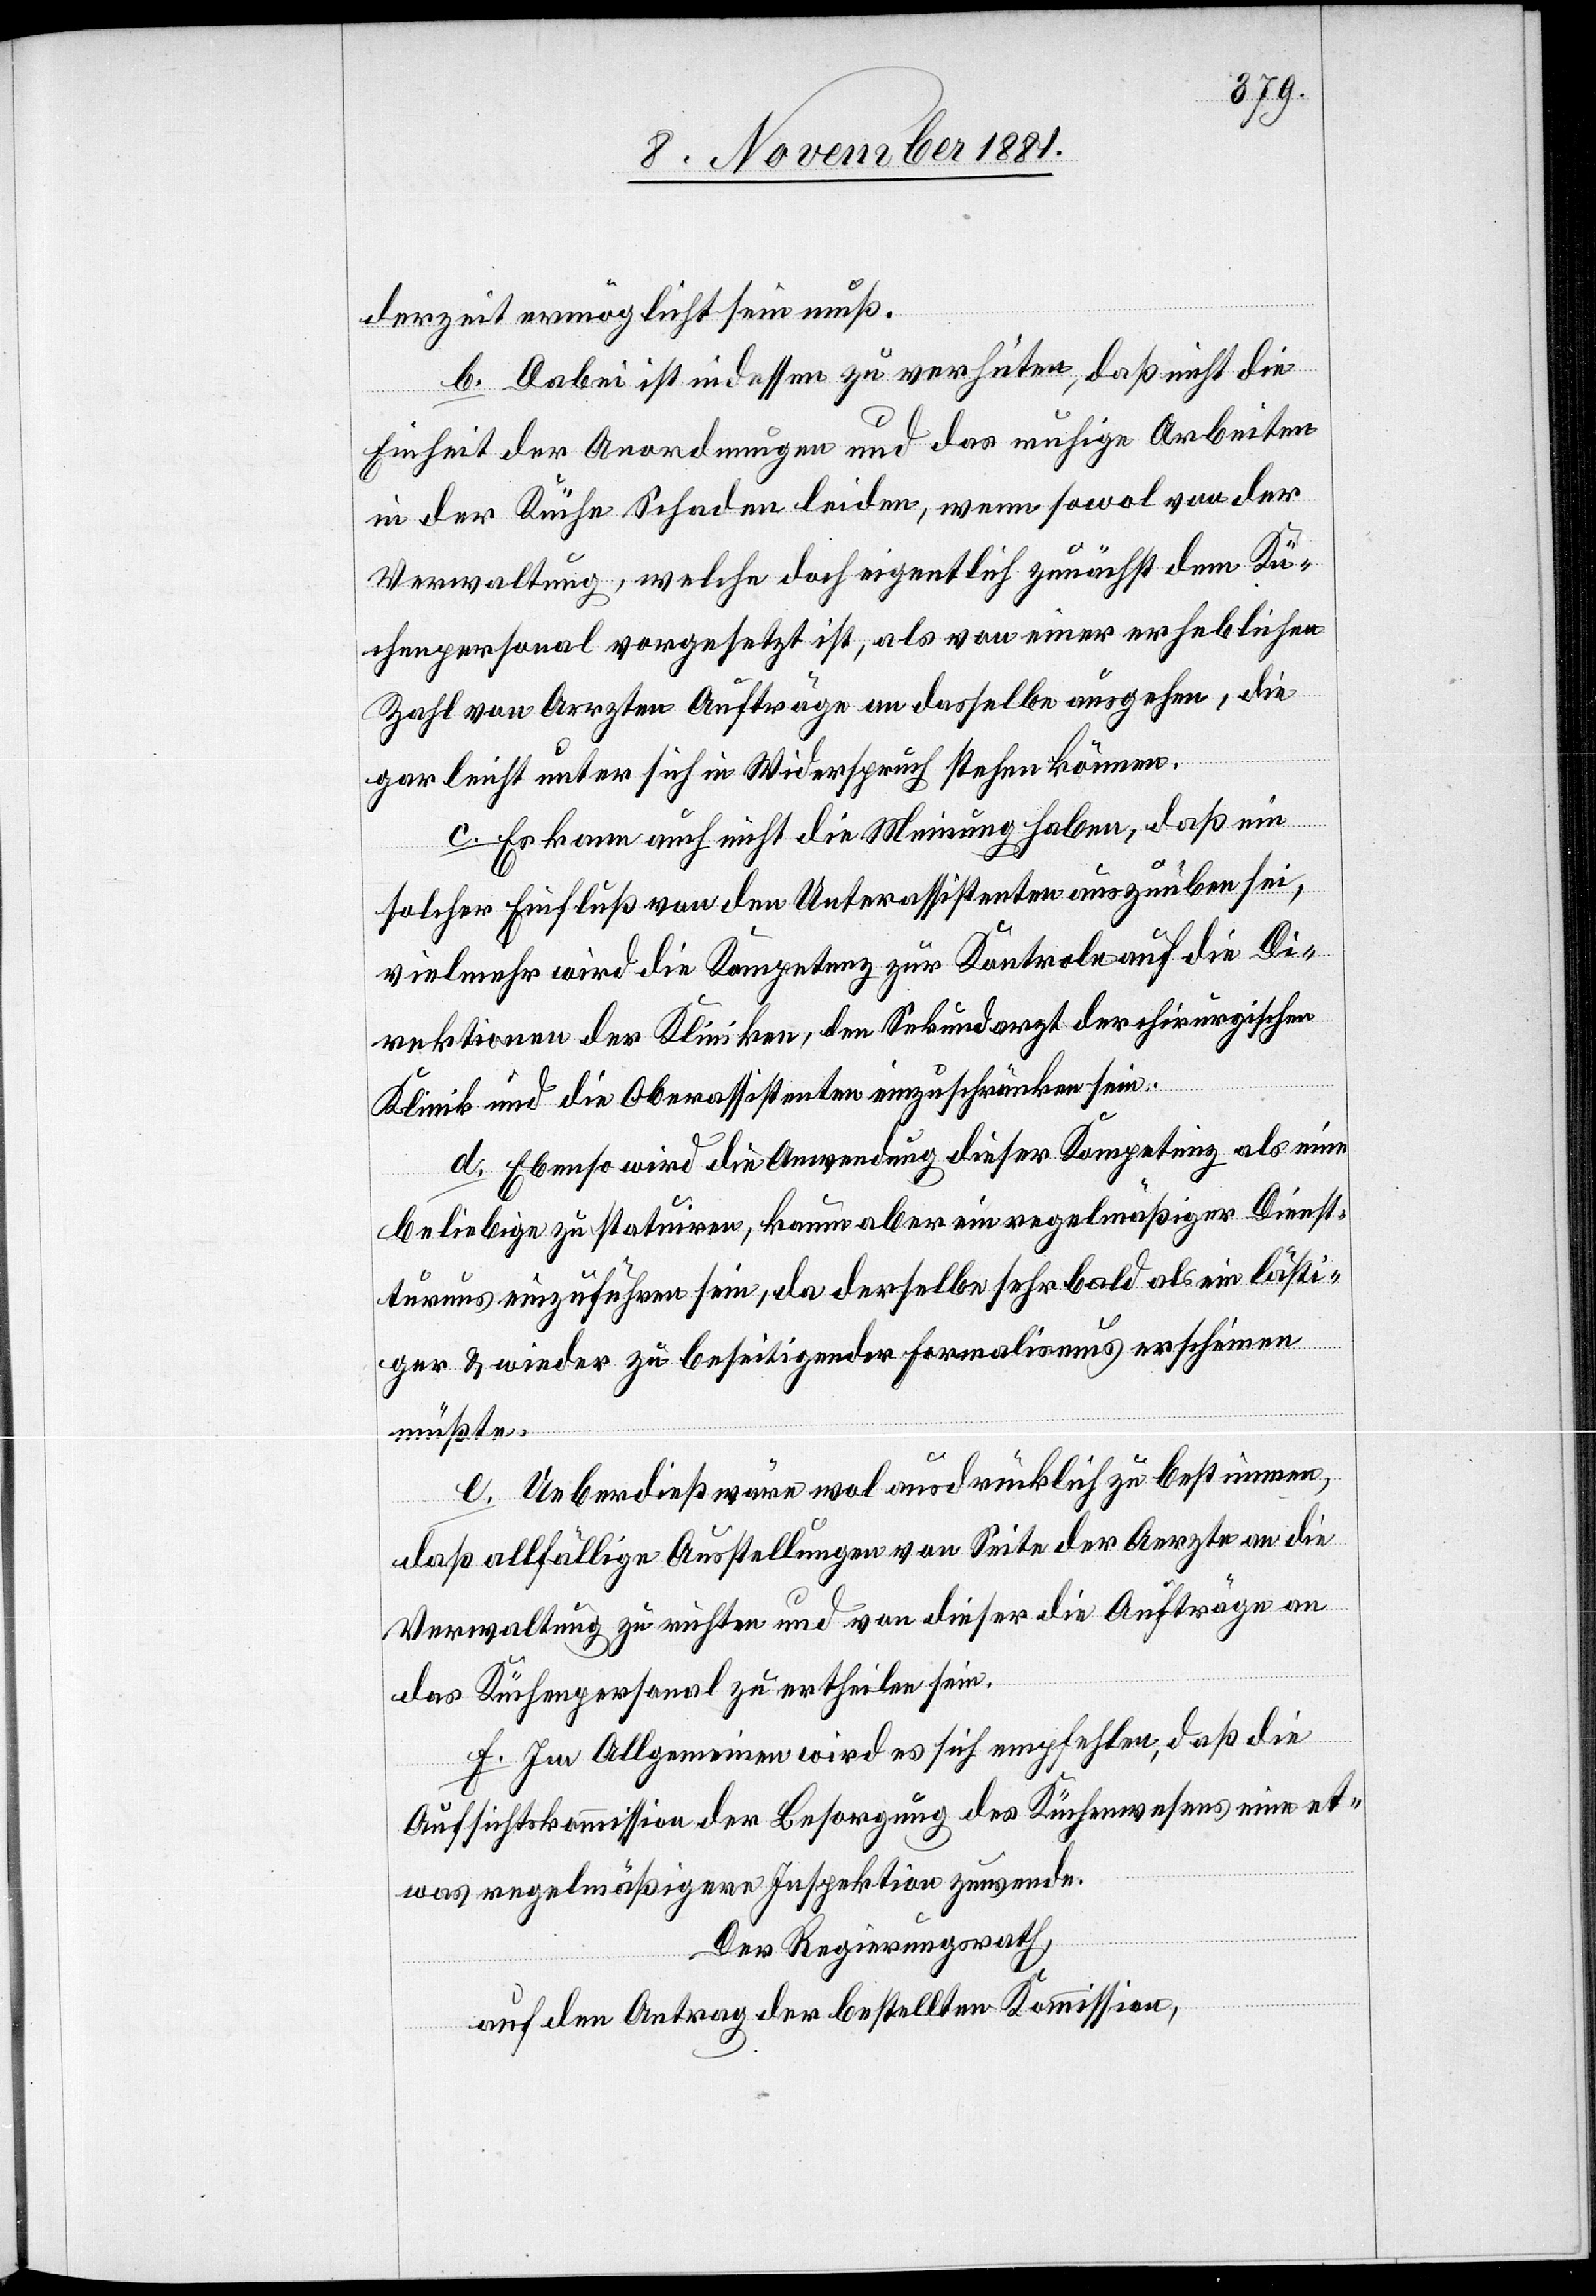
derzeit ermöglicht sein muß.
b. Dabei ist indessen zu verhüten, daß nicht die
Einheit der Anordnungen und das ruhige Arbeiten
in der Küche Schaden leiden, wenn sowol von der
Verwaltung, welche doch eigentlich zunächst dem Kü¬
chenpersonal vorgesetzt ist, als von einer erheblichen
Zahl von Aerzten Aufträge an dasselbe ausgehen, die
gar leicht unter sich in Widerspruch stehen können.
c. Es kann auch nicht die Meinung haben, daß ein
solcher Einfluß von den Unterassistenten auszuüben sei,
vielmehr wird die Kompetenz zur Kontrole auf die Di¬
rektionen der Kliniken, den Sekundarzt der chirurgischen
Klinik und die Oberassistenten einzuschränken sein.
d. Ebenso wird die Anwendung dieser Kompetenz als eine
beliebige zu statuiren, kann aber ein regelmäßiger Dienst¬
turnus einzuführen sein, da derselbe sehr bald als ein lästi¬
ger & wieder zu beseitigender Formalismus erscheinen
müßte.
e. Ueberdieß wäre wol ausdrücklich zu bestimmen,
daß allfällige Ausstellungen von Seite der Aerzte an die
Verwaltung zu richten und von dieser die Aufträge an
das Küchenpersonal zu ertheilen sein.
f. Im Allgemeinen wird es sich empfehlen, daß die
Aufsichtskommission der Besorgung des Küchenwesens eine et¬
was regelmäßigere Inspektion zuwende.
Der Regierungsrath,
auf den Antrag der bestellten Kommission,